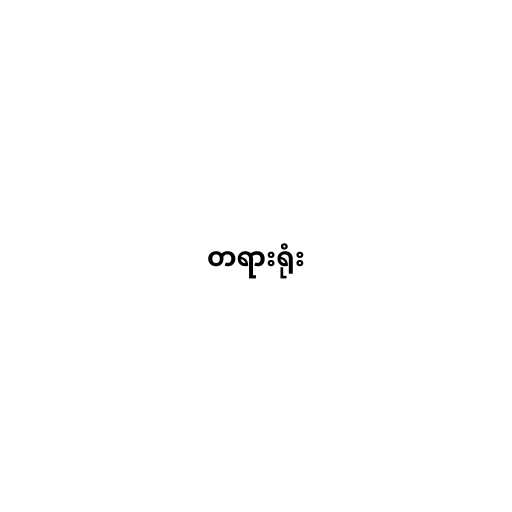
တရားရုံး